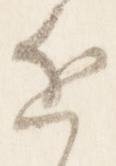
近